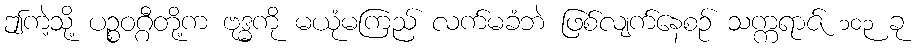
ဤကဲ့သို့ ပဉ္စဝဂ္ဂီတို့က ဗုဒ္ဓကို မယုံမကြည် လက်မခံဘဲ ဖြစ်လျက်နေစဉ် သက္ကရာဇ် ၁၀၃ ခု